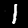
Label: 1